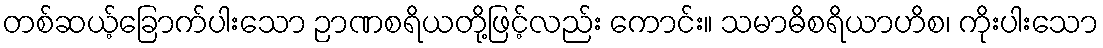
တစ်ဆယ့်ခြောက်ပါးသော ဉာဏစရိယတို့ဖြင့်လည်း ကောင်း။ သမာဓိစရိယာဟိစ၊ ကိုးပါးသော